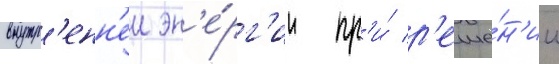
внутр'енн'еи эн'е́рг'ии пр'и́ р'еше́н'ии